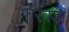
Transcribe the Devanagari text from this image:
गोरवड़ा